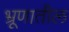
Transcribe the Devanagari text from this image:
भ्रूणातील